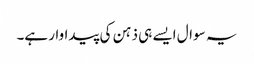
یہ سوال ایسے ہی ذہن کی پیداوار ہے۔